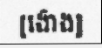
[ង៉ោង]